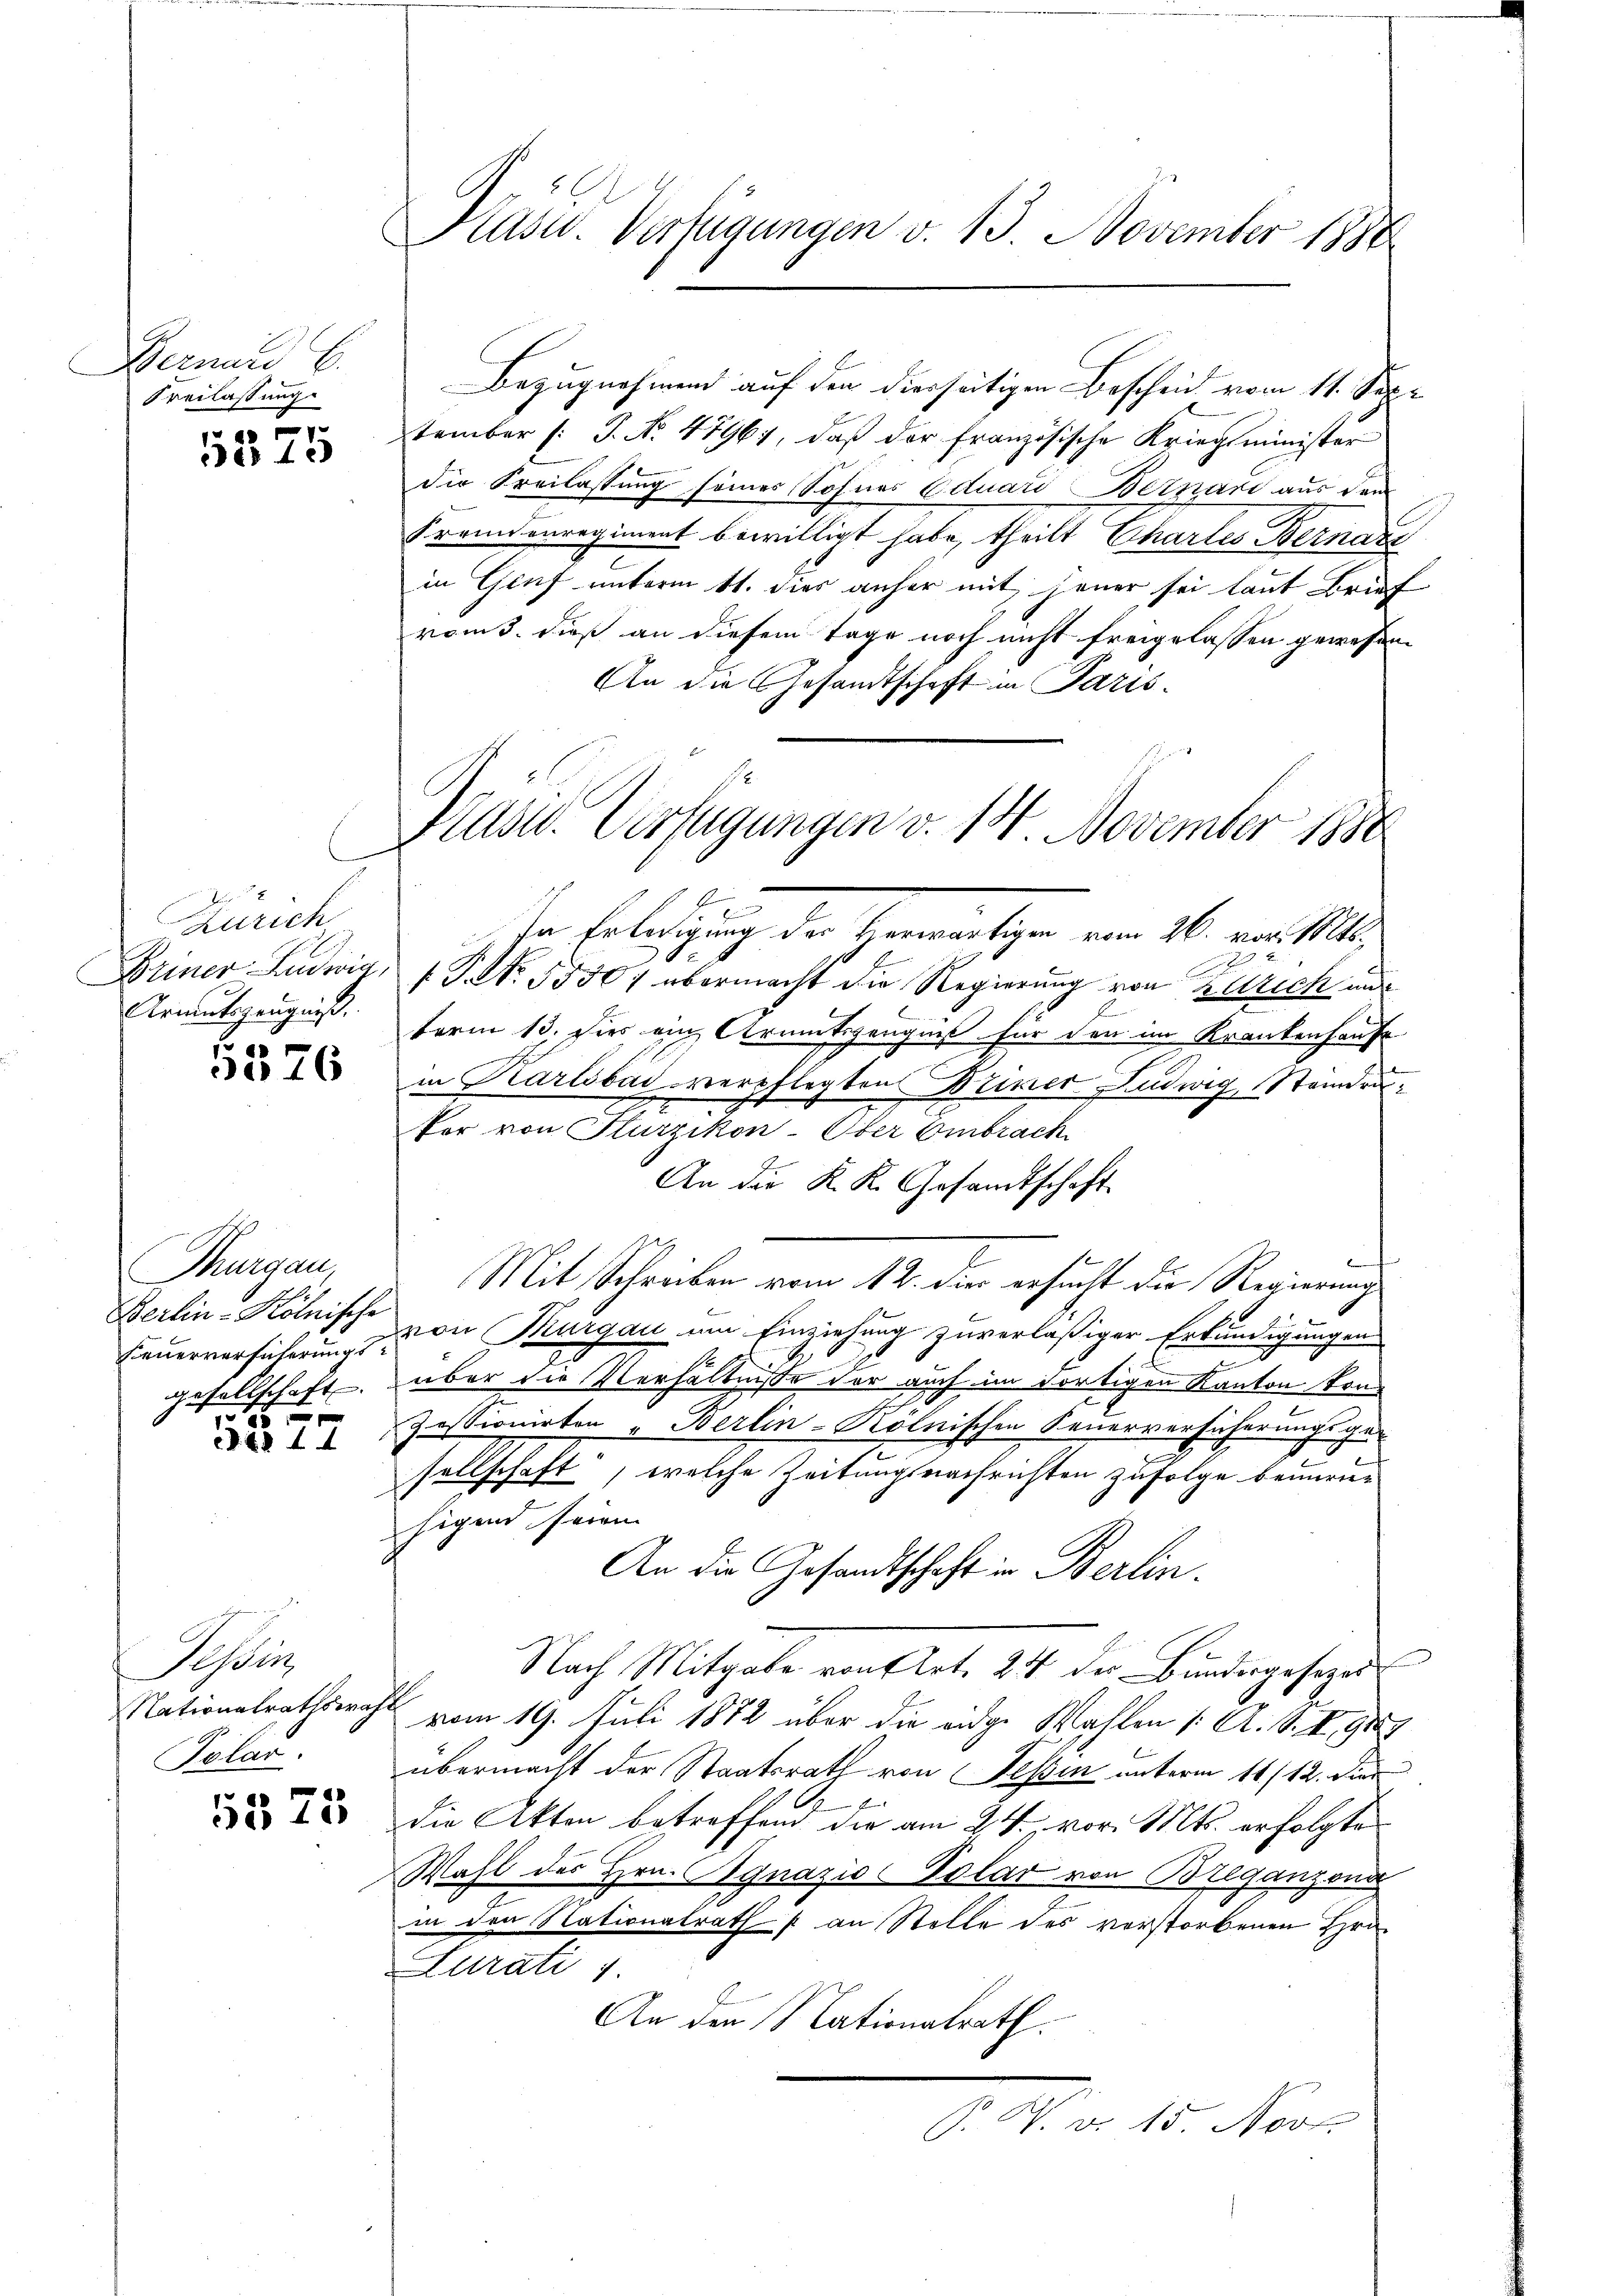
Bernard 6.
Freilassung

5325

C
Zürich
Armutszeugniß.

5576

Thurgau,
Berlin-Kölnische
gesellschaft.

22 f 4

Sistin
Nationalrathswahl
Polar.

5575

26
Kasu. Verfügungen v. 13. November 1888

Bezugnahmen auf den dierseitigen Bescheid vom 11. September (: J. No. 47961, daß der französische Kriegsminister
die Freilassung seines Sohnes Eduars Bernari aus dem
Fronnenregiment bewilligt habe, theilt Chartes Bernarz
in Genf unterm 11. dies anher mit jener sei laut Brief
voms. dieß an diesem Tage noch nicht freigelassen gewesen.
An die Gesandtschaft in Paris¬
.
In Erledigung des Verwärtigen vom 26. vor. Mts.
2
2
Briner Ludwig, 1 S. 55507 übermacht die Regierung von Zürich und
term 13. Dies ein Armutszeugniß für den im Krankenhause
in Karlsbad verpflegten Weiner Ludwig, Ständru
for von Flurzikon-Ober Embrach
An die K. K. Gesandtschaft
Mit Schreiben vom 12. dier ersucht die Regierung
Feuerversicherung der Thurgau um Einziehung zuverläßiger Erkundigungen
2
.
über die Verhältnisse der auch im dortigen Kanton konn
 Zessionirten „Berlin-Kölnischen Feuerversicherungsge-
sellschaft, welche Zeitungsnachrichten zufolge beunruehigend seinen
An die Gesandtschaft in Berlin.
Nach Mitgabe von Art. 24 der Bundesgesezes
vom 19. Juli 1872 über die eidge Wahlen /: A. S. S. 9189
übermacht der Staatsrath von Teßin unterm 11./12. Dien
2
die Akten betreffend die am 24. vor. Mts. erfolgte
Wahl des Hrn. Ognazio Polar von Beganzeng
in den Nationalraths an Stelle des vorstorbenen Hrn.
Lurati 7.
An den Nationalrath.
P. W. v. 15. Nov.

Präsid. Verfügungen v. 14. November 1888